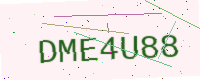
Text: DME4U88